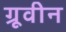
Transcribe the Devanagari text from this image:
ग्रूवीन